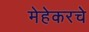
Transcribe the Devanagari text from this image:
मेहेकरचे